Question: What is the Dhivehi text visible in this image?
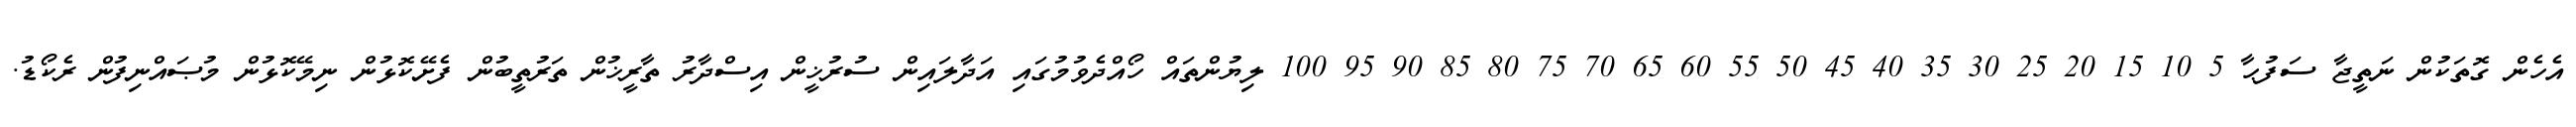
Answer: އެހެން ގޮތަކުން ނަތީޖާ ސަފުޙާ 5 10 15 20 25 30 35 40 45 50 55 60 65 70 75 80 85 90 95 100 ލިޔުންތައް ހޯއްދެވުމުގައި އަދާލައިން ސުރުޚީން އިސްދާރު ތާރީޚުން ތަރުތީބުން ފެށޭކޮޅުން ނިމޭކޮޅުން މުޞައްނިފުން ރެކޯޑު.